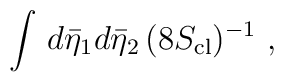
\int\,d{\bar \eta}_1d{\bar \eta}_2\,(8S_{\rm cl})^{-1}\ ,